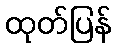
ထုတ်ပြန်